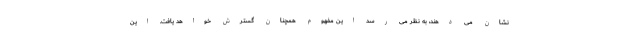
نشان می دهند، به نظر می رسد این مفهوم همچنان گسترش خواهد یافت. این